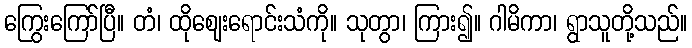
ကြွေးကြော်ပြီ။ တံ၊ ထိုဈေးရောင်းသံကို။ သုတွာ၊ ကြား၍။ ဂါမိကာ၊ ရွာသူတို့သည်။